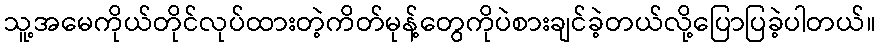
သူ့အမေကိုယ်တိုင်လုပ်ထားတဲ့ကိတ်မုန့်တွေကိုပဲစားချင်ခဲ့တယ်လို့ပြောပြခဲ့ပါတယ်။